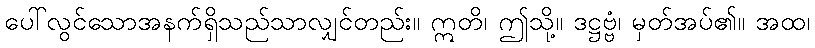
ပေါ်လွင်သောအနက်ရှိသည်သာလျှင်တည်း။ ဣတိ၊ ဤသို့။ ဒဋ္ဌဗ္ဗံ၊ မှတ်အပ်၏။ အထ၊